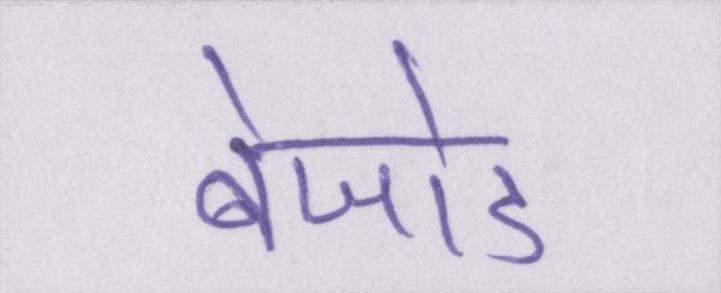
बेजोड